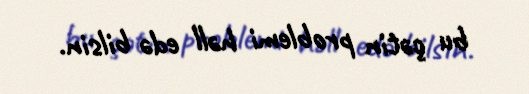
bu çətin problemi həll edə bilsin.